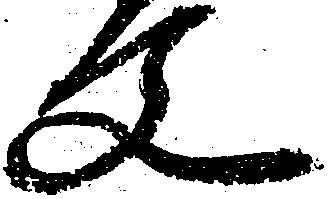
文